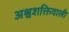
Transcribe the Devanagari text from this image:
अश्वशक्तिवाली